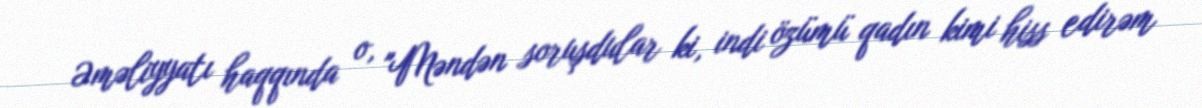
Əməliyyatı haqqında o, "Məndən soruşdular ki, indi özümü qadın kimi hiss edirəm